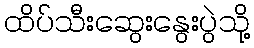
ထိပ်သီးဆွေးနွေးပွဲသို့